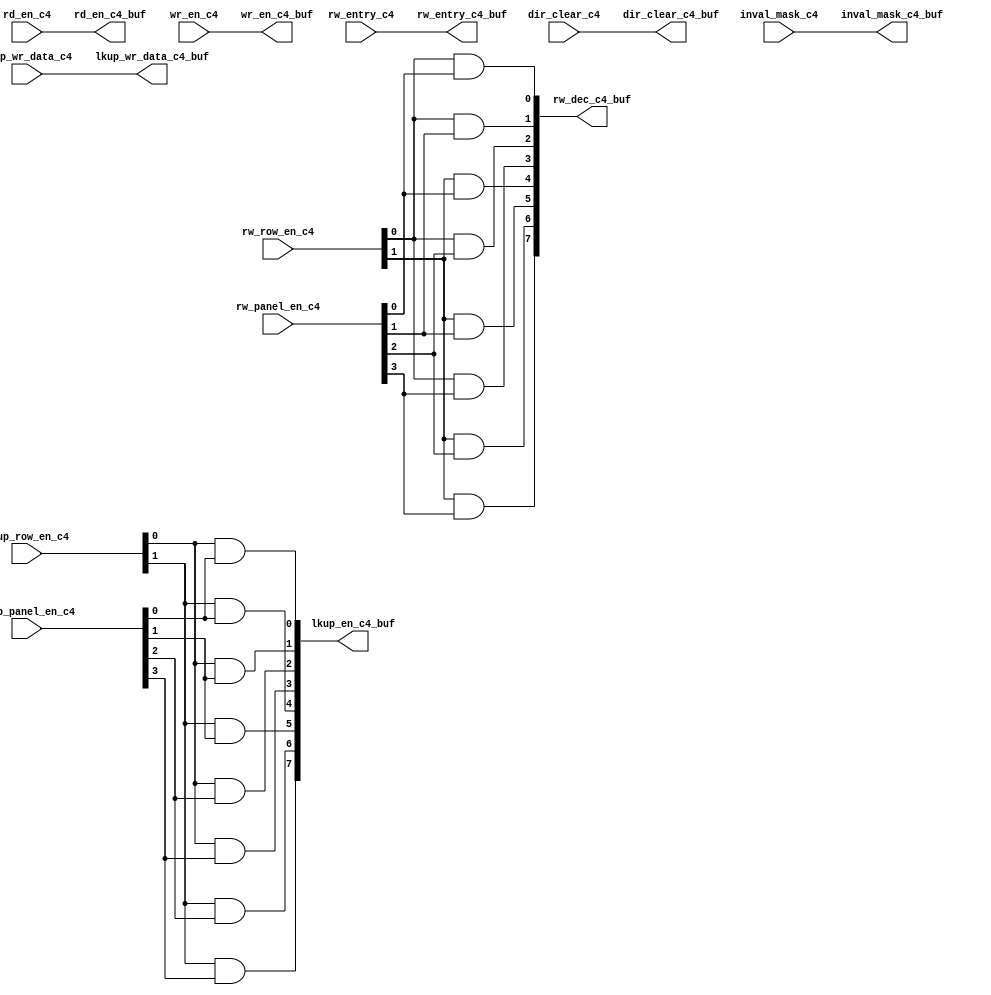
module sctag_dirl_buf(
   lkup_en_c4_buf, inval_mask_c4_buf, rw_dec_c4_buf, rd_en_c4_buf, 
   wr_en_c4_buf, rw_entry_c4_buf, lkup_wr_data_c4_buf, 
   dir_clear_c4_buf, 
   rd_en_c4, wr_en_c4, inval_mask_c4, rw_row_en_c4, rw_panel_en_c4, 
   rw_entry_c4, lkup_row_en_c4, lkup_panel_en_c4, lkup_wr_data_c4, 
   dir_clear_c4
   );
input		rd_en_c4;	
input		wr_en_c4;	
input	[7:0]	inval_mask_c4;	
input	[1:0]	rw_row_en_c4;	
input	[3:0]	rw_panel_en_c4;	
input	[5:0]	rw_entry_c4;	
input	[1:0]	lkup_row_en_c4; 
input	[3:0]	lkup_panel_en_c4; 
input	[32:0]	lkup_wr_data_c4;  
input		dir_clear_c4; 
output	[7:0]	lkup_en_c4_buf ;  
output	[7:0]	inval_mask_c4_buf ; 
output	[7:0]	rw_dec_c4_buf; 
output		rd_en_c4_buf ; 
output		wr_en_c4_buf ; 
output	[5:0]	rw_entry_c4_buf; 
output	[32:0]	lkup_wr_data_c4_buf; 
output		dir_clear_c4_buf; 
assign	inval_mask_c4_buf = inval_mask_c4 ;
assign	rd_en_c4_buf = rd_en_c4 ;
assign	wr_en_c4_buf = wr_en_c4 ;
assign	rw_entry_c4_buf = rw_entry_c4 ;
assign	lkup_wr_data_c4_buf = lkup_wr_data_c4 ;
assign	lkup_en_c4_buf[0] = lkup_row_en_c4[0] & lkup_panel_en_c4[0] ;
assign	lkup_en_c4_buf[1] = lkup_row_en_c4[0] & lkup_panel_en_c4[1] ;
assign	lkup_en_c4_buf[2] = lkup_row_en_c4[0] & lkup_panel_en_c4[2] ;
assign	lkup_en_c4_buf[3] = lkup_row_en_c4[0] & lkup_panel_en_c4[3] ;
assign	lkup_en_c4_buf[4] = lkup_row_en_c4[1] & lkup_panel_en_c4[0] ;
assign	lkup_en_c4_buf[5] = lkup_row_en_c4[1] & lkup_panel_en_c4[1] ;
assign	lkup_en_c4_buf[6] = lkup_row_en_c4[1] & lkup_panel_en_c4[2] ;
assign	lkup_en_c4_buf[7] = lkup_row_en_c4[1] & lkup_panel_en_c4[3] ;
assign	dir_clear_c4_buf = dir_clear_c4 ;
assign	rw_dec_c4_buf[0] = rw_row_en_c4[0] & rw_panel_en_c4[0] ;
assign	rw_dec_c4_buf[1] = rw_row_en_c4[0] & rw_panel_en_c4[1] ;
assign	rw_dec_c4_buf[2] = rw_row_en_c4[0] & rw_panel_en_c4[2] ;
assign	rw_dec_c4_buf[3] = rw_row_en_c4[0] & rw_panel_en_c4[3] ;
assign	rw_dec_c4_buf[4] = rw_row_en_c4[1] & rw_panel_en_c4[0] ;
assign	rw_dec_c4_buf[5] = rw_row_en_c4[1] & rw_panel_en_c4[1] ;
assign	rw_dec_c4_buf[6] = rw_row_en_c4[1] & rw_panel_en_c4[2] ;
assign	rw_dec_c4_buf[7] = rw_row_en_c4[1] & rw_panel_en_c4[3] ;
endmodule